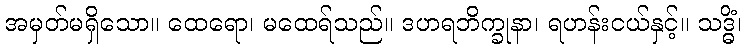
အမှတ်မရှိသော။ ထေရော၊ မထေရ်သည်။ ဒဟရဘိက္ခုနာ၊ ရဟန်းငယ်နှင့်။ သဒ္ဓိံ၊